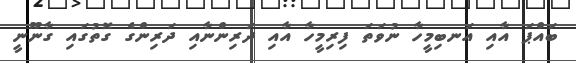
ބައްޕަ އާއި އަނބިމީހާ ނުވަތަ ފިރިމީހާ އާއި ދަރިންނާއި ދަރިންގެ ގޮތުގައި ގާނޫނީ